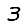
Digit: 3